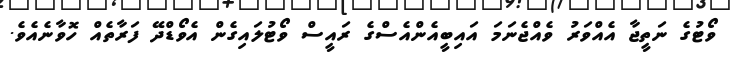
ވޯޓުގެ ނަތީޖާ އެއްވަރު ވެއްޖެނަމަ އައިބީއެންއެސްގެ ރައީސް ވޯޓުލައިގެން އެވޯޑްދޭ ފަރާތެއް ހޮވާނެއެވެ.